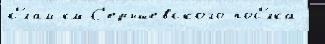
с'́лам км С'ерышевского пос'́лка